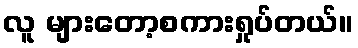
လူ များတော့စကားရှုပ်တယ်။